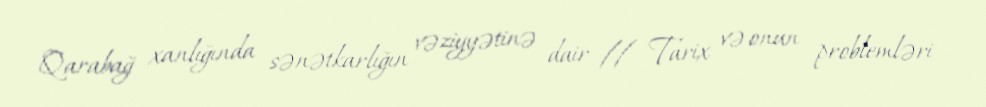
Qarabağ xanlığında sənətkarlığın vəziyyətinə dair // Tarix və onun problemləri